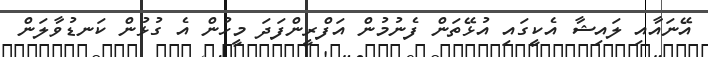
އޭނައާއި ލައިޝާ އެކީގައި އުޅޭތަން ފެނުމުން އަފްރީންފަދަ މީހުން އެ ގުޅުން ކަނޑުވާލަން